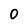
Character: 0